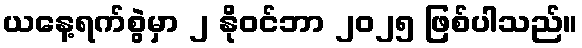
ယနေ့ရက်စွဲမှာ ၂ နိုဝင်ဘာ ၂၀၂၅ ဖြစ်ပါသည်။